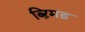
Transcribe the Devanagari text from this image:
ब्ऱिमड